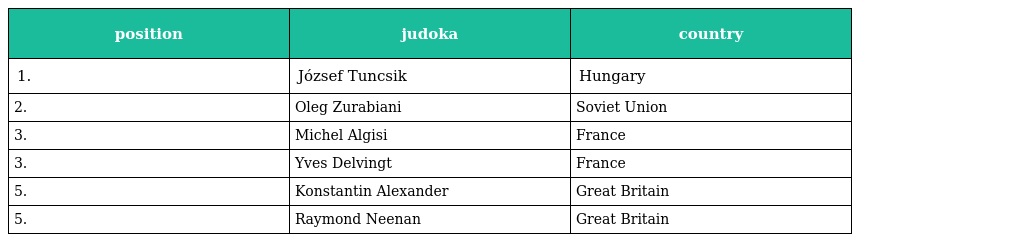
| position | judoka | country |
 | --- | --- | --- |
 | 1. | József Tuncsik | Hungary |
 | 2. | Oleg Zurabiani | Soviet Union |
 | 3. | Michel Algisi | France |
 | 3. | Yves Delvingt | France |
 | 5. | Konstantin Alexander | Great Britain |
 | 5. | Raymond Neenan | Great Britain |